Lunatic asylums Central Provinces reports 1910-1926 - 1910-1926
Year: 1910
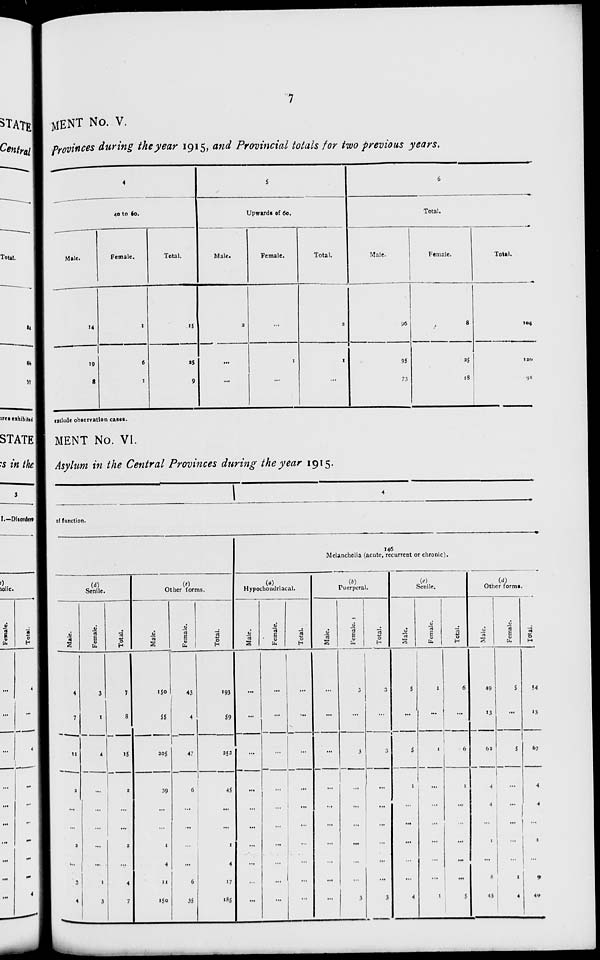
7
MENT No. V.
Provinces during the year 1915, and Provincial totals for two previous years.
4
40 to 60.
Male.
14
19
8
Female.
1
6
1
Total.
15
25
9
5
Upwards of 60.
Male.
2
...
...
Female.
...
1
...
Total.
2
1
...
6
Total.
Male.
96
95
73
Female.
8
25
18
Total.
104
120
91
exclude observation cases.
MENT No. VI.
Asylum in the Central Provinces during the year 1915.
4
of function.
(d)
Senile.
Male.
4
7
11
2
...
...
2
...
3
4
Female.
3
1
4
...
...
...
...
...
1
3
Total.
7
8
15
2
...
...
2
...
4
7
(c)
Other forms.
Male.
150
55
205
39
...
...
1
4
11
150
Female.
43
4
47
6
...
...
...
...
6
35
Total.
193
59
252
45
...
...
1
4
17
185
146
Melancholia (acute, recurrent or chronic).
(a)
Hypochondriacal.
Male.
...
...
...
...
...
...
...
...
...
...
Female.
...
...
...
...
...
...
...
...
...
...
Total.
...
...
...
...
...
...
...
...
...
...
(b)
Puerperal.
Male.
...
...
...
...
...
...
...
...
...
...
Female.
3
...
3
...
...
...
...
...
...
3
Total.
3
...
3
...
...
...
...
...
...
3
(e)
Senile.
Male.
5
...
5
1
...
...
...
...
...
4
Female.
1
...
1
...
...
...
...
...
...
1
Total.
6
...
6
1
...
...
...
...
...
5
(d)
Other forms.
Male.
49
13
62
4
4
...
1
...
8
45
Female.
5
...
5
...
...
...
...
...
1
4
Total.
54
13
67
4
4
...
1
...
9
49